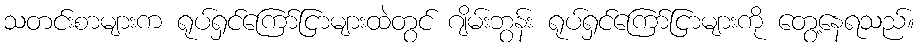
သတင်းစာများက ရုပ်ရှင်ကြော်ငြာများထဲတွင် ဂျိမ်းဘွန်း ရုပ်ရှင်ကြော်ငြာများကို တွေ့နေရသည်။